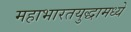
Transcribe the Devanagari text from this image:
महाभारतयुद्धामध्ये